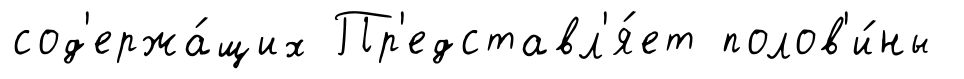
сод'ержа́щих Пр'едставл'я́ет полов'и́ны